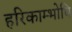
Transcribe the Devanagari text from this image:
हरिकाम्भोधि